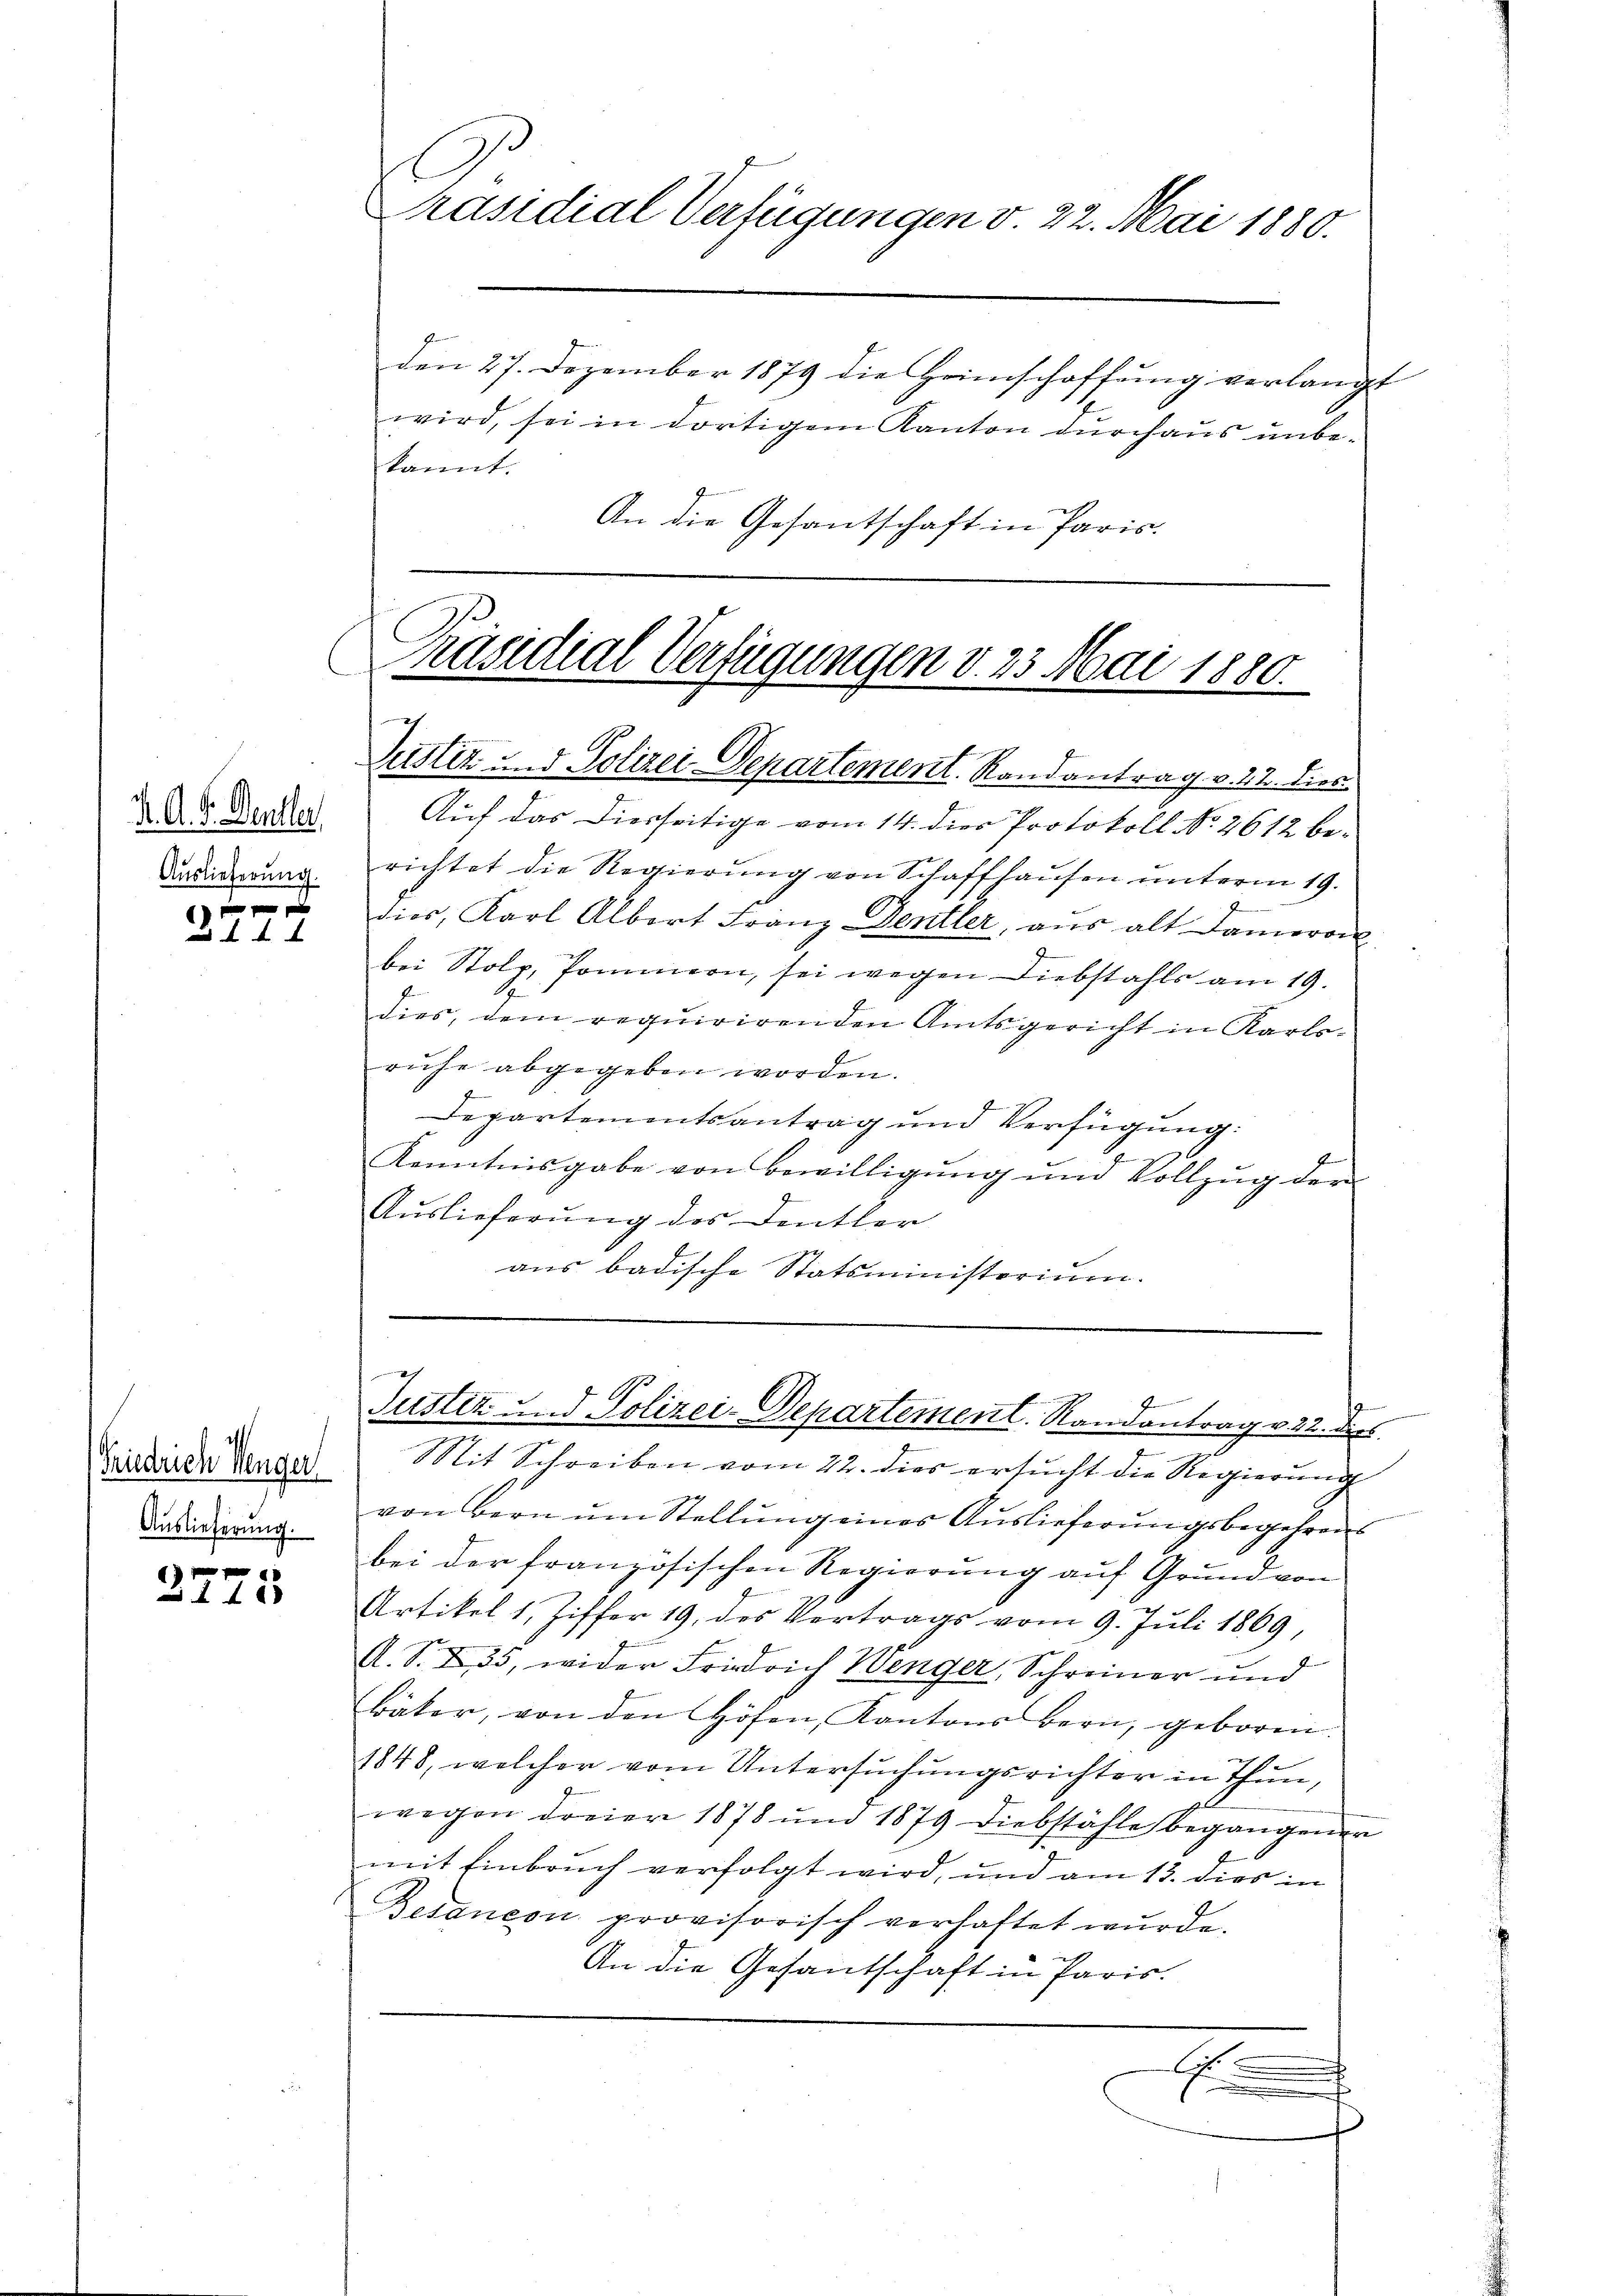
K. A. V. Denkler
Auslieferung.

1 f 0 x x
A

ist
Friedrich Menger
Auslieferung.

2775

An die Gesantschaft in Paris.

.
Präsidial-Verfügungen v. 22. Mai 1880.
den 27. Dezember 1879 die Heimschaffung verlangt
wird, sei in dortigem Kanton durchaus unbe-
kannt.

C
Präsidial-Verfügungen v. 23 Mai 1880.
Justiz und Polizei-Departement. Randantrag v. 22. dies

Auf das Diesseitige vom 14. dies Protokoll No 2612 berichtet die Regierung von Schaffhausen unterm 19.
dies, Karl Albert Franz Dentler, aus alt Dameron
bei Stolz, Pommern, sei wegen Diebstahls am 19.
dies, dem requirirenden Amtsgericht in Karls-
ruhe abgegeben worden.
Departementsantrag und Verfügung:
f
Kenntnisgabe von Bewilligŭng ŭm Vollzŭg der
Auslieferung des Deutler
aus badische Statsministerium.

Dich
b
Justiz und Polizei-Departement. Randantrag v. 22. dies
.

Mit Schreiben vom 22. dies ersucht die Regierung
von Bern um Stellung eines Auslieferungsbegehrens
bei der französischen Regierung auf Grund von
Artikel 1, Ziffer 19. des Vertrags vom 9. Juli 1869,
A. S. 235, wider Friedrich Wenger, Schreiner und
bäker, von den Höfen, Kantons Bern, geboren.
1848, welcher vom Untersuchungsrichter in Thun,
wegen dreier 1878 ŭm 1879 Diebstahle begangener
mit Einbruch verfolgt wird, und am 13. dies in
Besaneon provisorisch verhaftet wŭrde.
An die Gesantschaft in Paris.